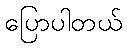
ပြောပါတယ်